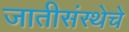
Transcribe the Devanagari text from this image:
जातीसंस्थेचे